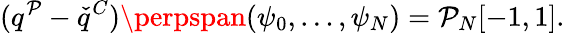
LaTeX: (q^{\mathcal{P}}-\check{{q}}^{C})\perpspan(\psi_{0},\ldots,\psi_{N})=\mathcal{{\mathcal{P}}}_{N}[-1,1].